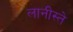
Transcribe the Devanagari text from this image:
लानीस्ते